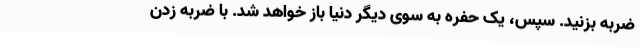
ضربه بزنید. سپس، یک حفره به سوی دیگر دنیا باز خواهد شد. با ضربه زدن